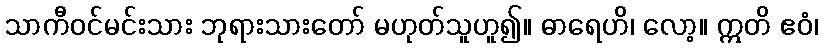
သာကီဝင်မင်းသား ဘုရားသားတော် မဟုတ်သူဟူ၍။ ဓာရေဟိ၊ လော့။ ဣတိ ဧဝံ၊